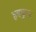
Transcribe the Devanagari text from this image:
हबकुक